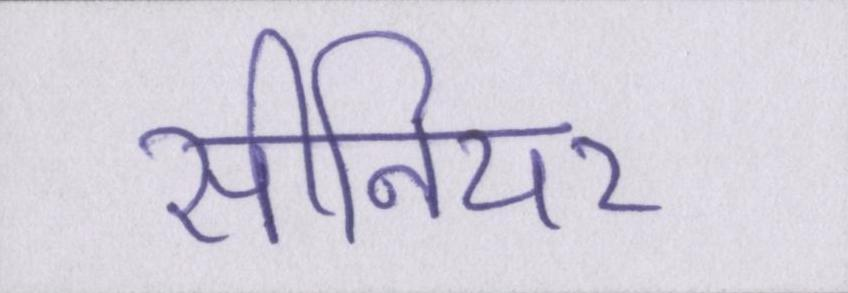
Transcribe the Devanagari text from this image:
सीनियर